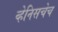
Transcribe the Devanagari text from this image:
व्हेनिसचेच